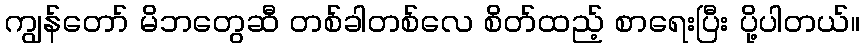
ကျွန်တော် မိဘတွေဆီ တစ်ခါတစ်လေ စိတ်ထည့် စာရေးပြီး ပို့ပါတယ်။